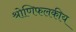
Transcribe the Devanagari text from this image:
श्रोणिफलकीय